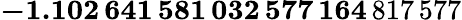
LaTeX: \mathbf{-1.102\, 641\, 581\, 032\, 577\, 164}\, 817\, 577